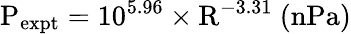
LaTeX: \mathrm{P_{expt}=10^{5.96}\times R^{-3.31}\ (nPa)}